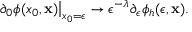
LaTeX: \left. \partial _ { 0 } \phi ( x _ { 0 } , { \bf x } ) \right| _ { x _ { 0 } = \epsilon } \to \epsilon ^ { - \lambda } \partial _ { \epsilon } \phi _ { h } ( \epsilon , { \bf x } ) .